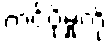
တင်ပို့မှုကို